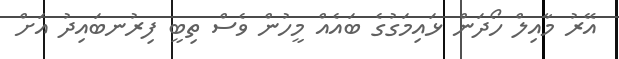
އޭރު މާއިލް ހޯދަން ޅައިމަގުގެ ބައެއް މީހުން ވެސް ތިބީ ފިރުނބައިދު އަށް